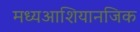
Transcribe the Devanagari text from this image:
मध्यआशियानजिक